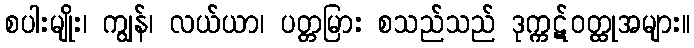
စပါးမျိုး၊ ကျွန်၊ လယ်ယာ၊ ပတ္တမြား စသည်သည် ဒုက္ကဋ်ဝတ္ထုအများ။